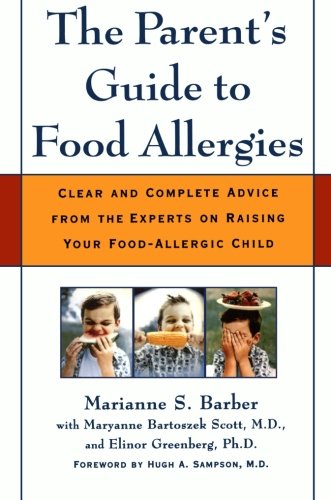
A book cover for The Parent's Guide to Food Allergies: Clear and Complete Advice from the Experts on Raising Your Food-Allergic Child; Marianne S. Barber; Health, Fitness & Dieting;